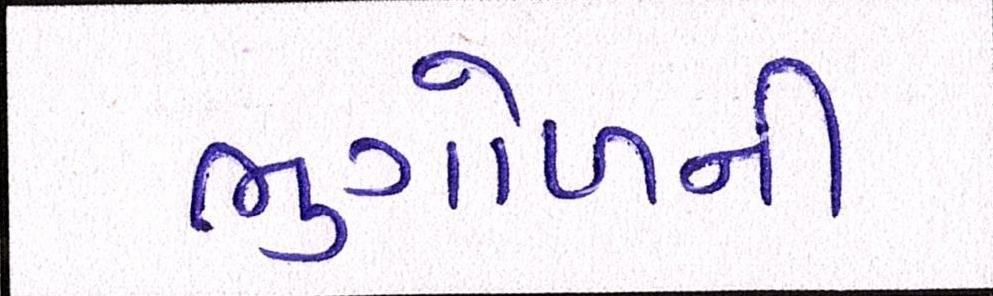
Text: ભુગોળની